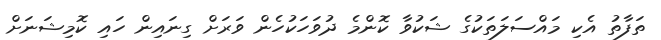
ތަފާތު އެކި މައްސަލަތަކުގެ ޝަކުވާ ކޮންމެ ދުވަހަކުހެން ވަރަށް ގިނައިން ހައި ކޮމިޝަނަށް